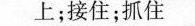
上；接住；抓住